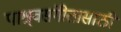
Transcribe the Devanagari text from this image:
पाश्र्वसंगीतासाठी